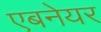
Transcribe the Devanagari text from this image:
एबनेयर